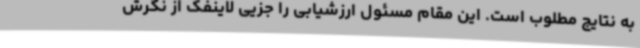
به نتایج مطلوب است. این مقام مسئول ارزشیابی را جزیی لاینفک از نگرش